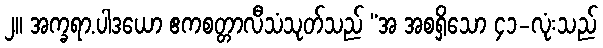
၂။ အက္ခရာ.ပါဒယော ဧကစတ္တာလီသံသုတ်သည် “အ အစရှိသော ၄၁-လုံးသည်